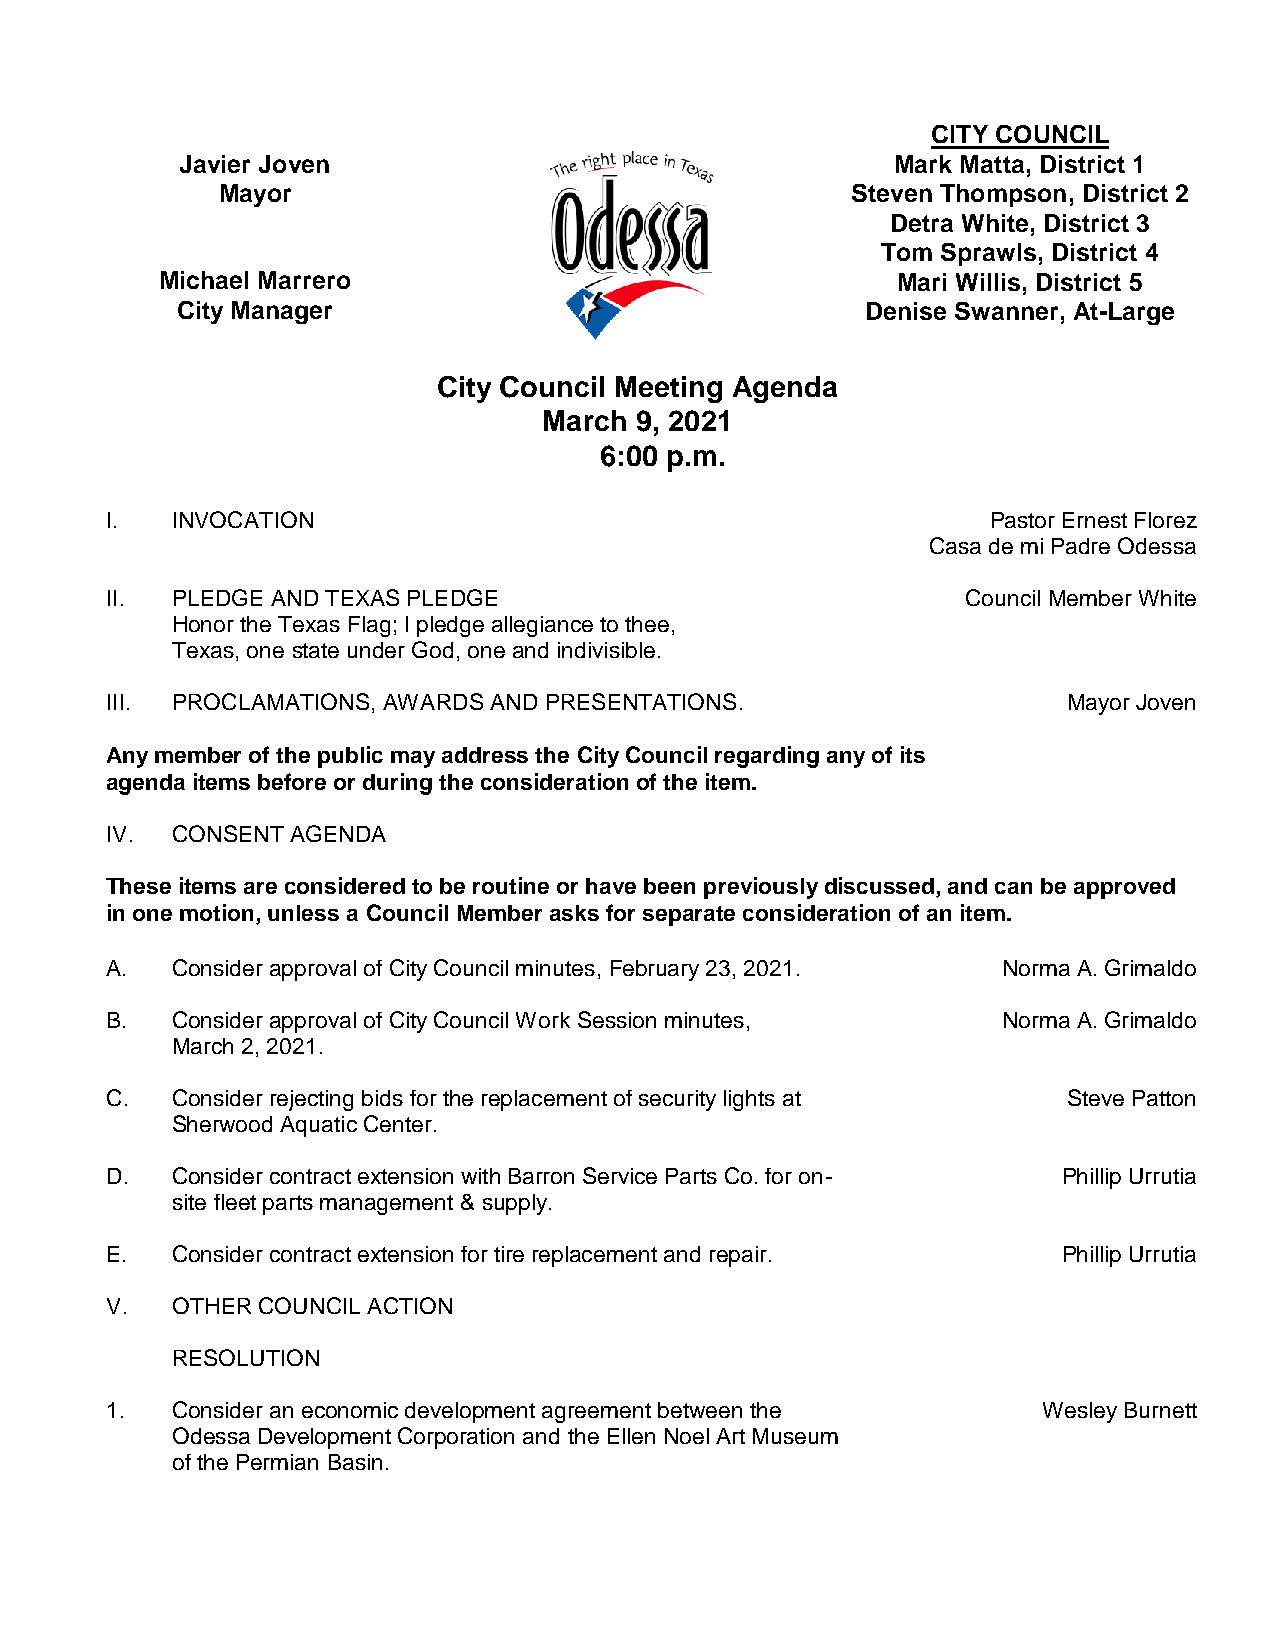
CITY COUNCIL
 Javier Joven                                   Mark Matta, District 1
 Mayor                                     Steven Thompson, District 2
 Detra White, District 3
 Tom Sprawls, District 4
 Michael Marrero                                 Mari Willis, District 5
 City Manager                                 Denise Swanner, At-Large
 City Council Meeting Agenda
 March 9, 2021
 6:00 p.m.
 I.  INVOCATION                                             Pastor Ernest Florez
 Casa de mi Padre Odessa
 II. PLEDGE AND TEXAS PLEDGE                              Council Member White
 Honor the Texas Flag; I pledge allegiance to thee,
 Texas, one state under God, one and indivisible.
 III. PROCLAMATIONS, AWARDS AND PRESENTATIONS.                   Mayor Joven
 Any member of the public may address the City Council regarding any of its
 agenda items before or during the consideration of the item.
 IV. CONSENT AGENDA
 These items are considered to be routine or have been previously discussed, and can be approved
 in one motion, unless a Council Member asks for separate consideration of an item.
 A.  Consider approval of City Council minutes, February 23, 2021. Norma A. Grimaldo
 B.  Consider approval of City Council Work Session minutes, Norma A. Grimaldo
 March 2, 2021.
 C.  Consider rejecting bids for the replacement of security lights at Steve Patton
 Sherwood Aquatic Center.
 D.  Consider contract extension with Barron Service Parts Co. for on- Phillip Urrutia
 site fleet parts management & supply.
 E.  Consider contract extension for tire replacement and repair. Phillip Urrutia
 V.  OTHER COUNCIL ACTION
 RESOLUTION
 1.  Consider an economic development agreement between the    Wesley Burnett
 Odessa Development Corporation and the Ellen Noel Art Museum
 of the Permian Basin.